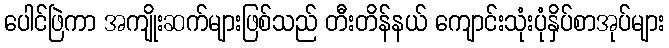
ပေါင်ဖြဲကာ အကျိုးဆက်များဖြစ်သည် တီးတိန်နယ် ကျောင်းသုံးပုံနှိပ်စာအုပ်များ